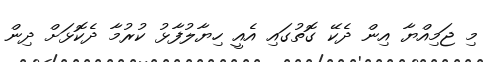
މި ޖަމިއްޔާ އިން ދެކޭ ގޮތުގައި އެއީ ހިޔާލުފާޅު ކުރުމާ ދެކޮޅަށް ދިން